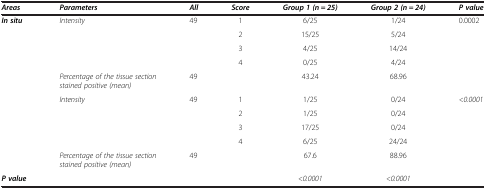
| Areas | Parameters | All | Score | Group 1 (n = 25) | Group 2 (n = 24) | P value |
 | --- | --- | --- | --- | --- | --- | --- |
 | In situ | Intensity | 49 | 1 | 6/25 | 1/24 | 0.0002 |
 |  |  |  | 2 | 15/25 | 5/24 |  |
 |  |  |  | 3 | 4/25 | 14/24 |  |
 |  |  |  | 4 | 0/25 | 4/24 |  |
 |  | Percentage of the tissue section stained positive (mean) | 49 |  | 43.24 | 68.96 |  |
 |  | Intensity | 49 | 1 | 1/25 | 0/24 | <0.0001 |
 |  |  |  | 2 | 1/25 | 0/24 |  |
 |  |  |  | 3 | 17/25 | 0/24 |  |
 |  |  |  | 4 | 6/25 | 24/24 |  |
 |  | Percentage of the tissue section stained positive (mean) | 49 |  | 67.6 | 88.96 |  |
 | P value |  |  |  | <0.0001 | <0.0001 |  |